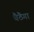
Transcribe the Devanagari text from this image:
बैठैगा